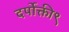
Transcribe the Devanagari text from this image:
दर्पोक्ती९